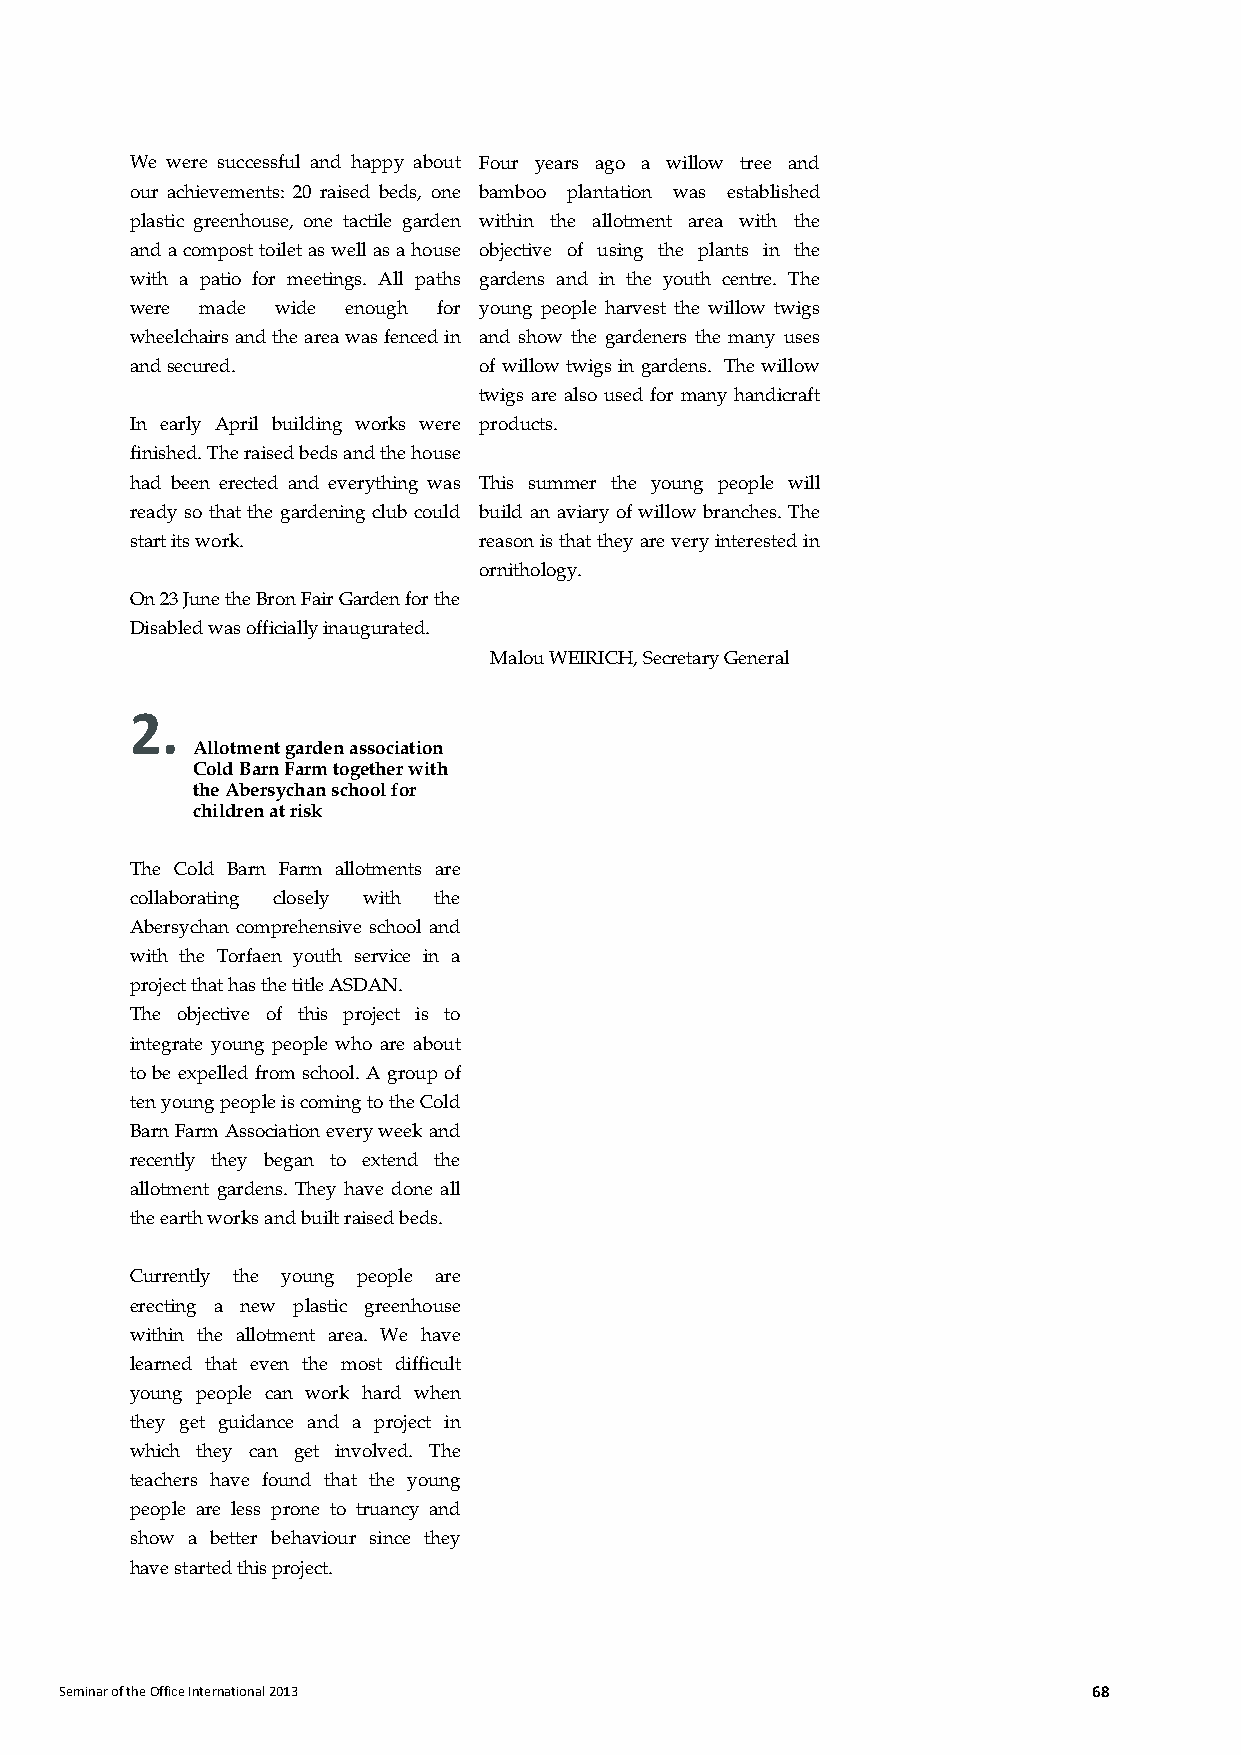
We were successful and happy about Four years ago a willow tree and
 our achievements: 20 raised beds, one bamboo plantation was established
 plastic greenhouse, one tactile garden within the allotment area with the
 and a compost toilet as well as a house objective of using the plants in the
 with a patio for meetings. All paths gardens and in the youth centre. The
 were made wide enough for young people harvest the willow twigs
 wheelchairs and the area was fenced in and show the gardeners the many uses
 and secured.           of willow twigs in gardens. The willow
 twigs are also used for many handicraft
 In early April building works were products.
 finished. The raised beds and the house
 had been erected and everything was This summer the young people will
 ready so that the gardening club could build an aviary of willow branches. The
 start its work.        reason is that they are very interested in
 ornithology.
 On 23 June the Bron Fair Garden for the
 Disabled was officially inaugurated.
 Malou WEIRICH, Secretary General
 2.
 Allotment garden association
 Cold Barn Farm together with
 the Abersychan school for
 children at risk
 The Cold Barn Farm allotments are
 collaborating closely with the
 Abersychan comprehensive school and
 with the Torfaen youth service in a
 project that has the title ASDAN.
 The objective of this project is to
 integrate young people who are about
 to be expelled from school. A group of
 ten young people is coming to the Cold
 Barn Farm Association every week and
 recently they began to extend the
 allotment gardens. They have done all
 the earth works and built raised beds.
 Currently the young people are
 erecting a new plastic greenhouse
 within the allotment area. We have
 learned that even the most difficult
 young people can work hard when
 they get guidance and a project in
 which they can get involved. The
 teachers have found that the young
 people are less prone to truancy and
 show a better behaviour since they
 have started this project.
 Seminar of the Office International 2013                            68